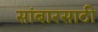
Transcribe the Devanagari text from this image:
सांबारसाठी